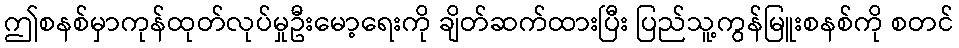
ဤစနစ်မှာကုန်ထုတ်လုပ်မှုဦးမော့ရေးကို ချိတ်ဆက်ထားပြီး ပြည်သူ့ကွန်မြူးစနစ်ကို စတင်